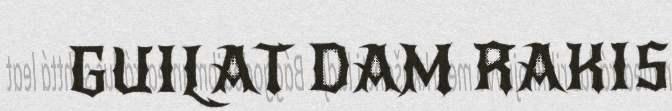
GUILAT DAM RAKIS